Mental hospitals Bombay report 1921-28 - 1921-1928
Year: 1921
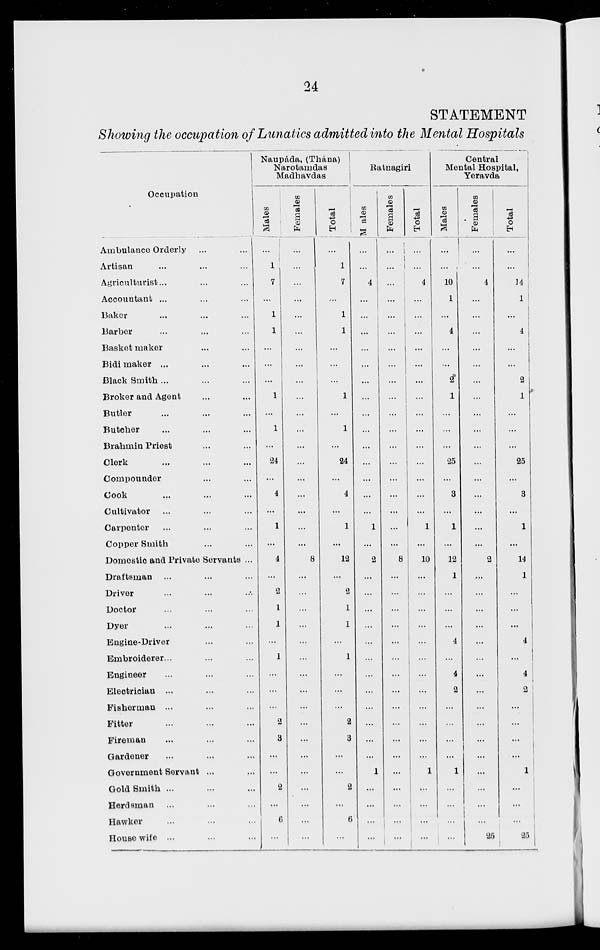
24
STATEMENT
Showing the occupation of Lunatics admitted into the Mental Hospitals
Occupation
Ambulance Orderly... ...
Artisan ... ... ...
Agriculturist... ... ...
Accountant ...
...
...
Baker ... ... ...
Barber... ... ...
Basket maker... ... ...
Bidi maker ... ... ...
Black Smith ... ... ...
Broker and Agent ... ...
Butler... ... ...
Butcher... ... ...
Brahmin Priest... ...
Clerk... ... ...
Compounder... ...
Cook ... ... ...
Cultivator... ... ...
Carpenter ... ... ...
Copper Smith... ... ...
Domestic and Private Servants ...
Draftsman... ... ...
Driver... ... ...
Doctor... ... ...
Dyer ... ... ...
Engine-Driver... ... ...
Embroiderer... ... ...
Engineer... ... ...
Electrician ... ... ...
Fisherman ... ... ...
Fitter ... ... ...
Fireman ... ... ...
Gardener ... ... ...
Government Servant ... ...
Gold Smith ... ... ...
Herdsman... ... ...
Hawker... ... ...
House wife ... ... ...
Naupáda, (Thána)
Narotamdas
Madhavdas
Males
...
1
7
...
1
1
...
...
...
1
...
1
...
24
...
4
...
1
...
4
...
2
1
1
...
1
...
...
...
2
3
...
...
2
...
6
...
Females
...
...
...
...
...
...
...
...
...
...
...
...
...
...
...
...
...
...
...
8
...
...
...
...
...
...
...
...
...
...
...
...
...
...
...
...
...
Total
...
1
7
...
1
1
...
...
...
1
...
1
...
24
...
4
...
1
...
12
...
2
1
1
...
1
...
...
...
2
3
...
...
2
...
6
...
Ratnagiri
Males
...
...
4
...
...
...
...
...
...
...
...
...
...
...
...
...
...
1
...
2
...
...
...
...
...
...
...
...
...
...
...
...
1
...
...
...
...
Females
...
...
...
...
...
...
...
...
...
...
...
...
...
...
...
...
...
...
...
8
...
...
...
...
...
...
...
...
...
...
...
...
...
...
...
...
...
Total
...
...
4
...
...
...
...
...
...
...
...
...
...
...
...
...
...
1
...
10
...
...
...
...
...
...
...
...
...
...
...
...
1
...
...
...
...
Central
Mental Hospital,
Yeravda
Males
...
...
10
1
...
4
...
...
2
1
...
...
...
25
...
3
...
1
...
12
1
...
...
...
4
...
4
2
...
...
...
...
1
...
...
...
...
Females
...
...
4
...
...
...
...
...
...
...
...
...
...
...
...
...
...
...
...
2
...
...
...
...
...
...
...
...
...
...
...
...
...
...
...
...
25
Total
...
...
14
1
...
4
...
...
2
1
...
...
...
25
...
3
...
1
...
14
1
...
...
...
4
...
4
2
...
...
...
...
1
...
...
...
25